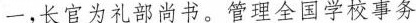
-，长官为礼部尚书。管理全国学校事务